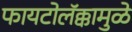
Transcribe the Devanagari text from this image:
फायटोलॅक्कामुळे